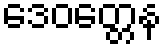
ဒေဝတ္တေန